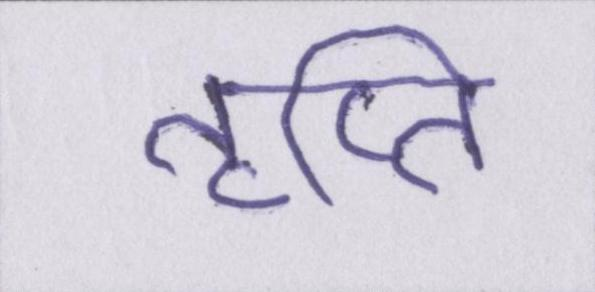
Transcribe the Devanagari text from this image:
तृप्ति